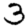
Digit: 3